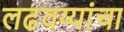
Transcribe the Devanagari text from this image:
लढवय्यांचा